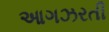
આગઝરતી